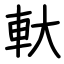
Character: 軑